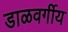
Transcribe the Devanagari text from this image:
डाळवर्गीय